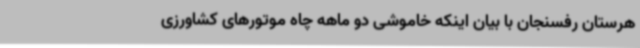
هرستان رفسنجان با بیان اینکه خاموشی دو ماهه چاه موتورهای کشاورزی